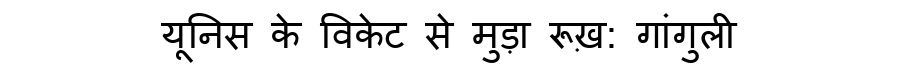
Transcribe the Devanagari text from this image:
यूनिस के विकेट से मुड़ा रूख़: गांगुली